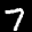
Label: 7